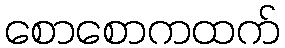
စောစောကထက်